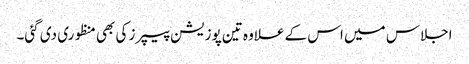
اجلاس میں اس کے علاوہ تین پوزیشن پیپرز کی بھی منظوری دی گئی۔